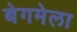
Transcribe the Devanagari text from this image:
बेगमेला